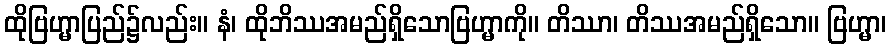
ထိုဗြဟ္မာပြည်၌လည်း။ နံ၊ ထိုဘိဿအမည်ရှိသောဗြဟ္မာကို။ တိဿာ၊ တိဿအမည်ရှိသော။ ဗြဟ္မာ၊